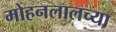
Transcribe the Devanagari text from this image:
मोहनलालच्या